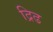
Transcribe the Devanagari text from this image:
द्रिढ